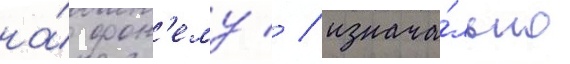
на́ фон'ему/ / изнача́льно